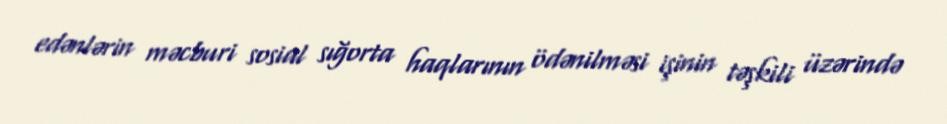
edənlərin məcburi sosial sığorta haqlarının ödənilməsi işinin təşkili üzərində